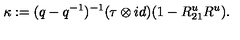
\kappa : = ( q - q ^ { - 1 } ) ^ { - 1 } ( \tau \otimes i d ) ( 1 - R _ { 2 1 } ^ { u } R ^ { u } ) .